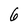
Character: 6